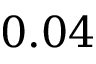
0 . 0 4